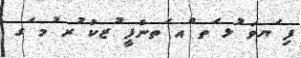
ފި ަޔވަ ުޅ ަތ ްއ ަތންފީ ުޒކު ުރ ުމ ަގ